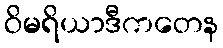
ဝိမရိယာဒီကတေန